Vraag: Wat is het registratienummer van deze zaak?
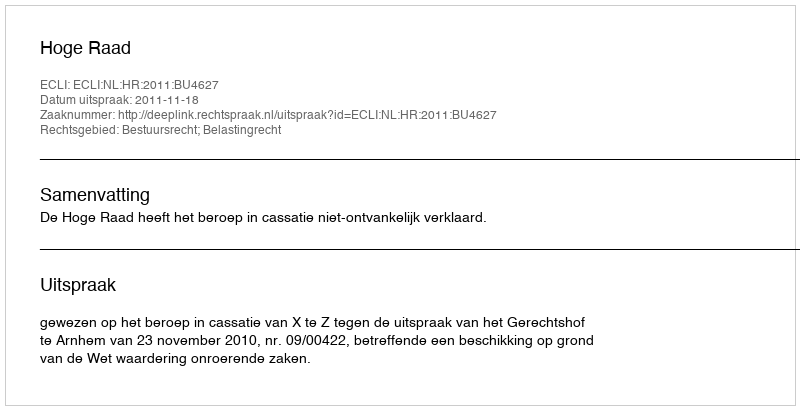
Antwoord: http://deeplink.rechtspraak.nl/uitspraak?id=ECLI:NL:HR:2011:BU4627